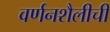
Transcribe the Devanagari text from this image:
वर्णनशैलीची